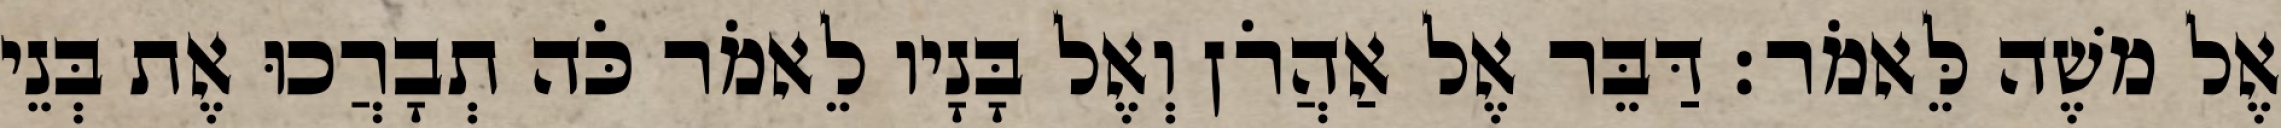
אֶל משֶׁה לֵּאמֹר׃ דַּבֵּר אֶל אַהֲרֹן וְאֶל בָּנָיו לֵאמֹר כֹּה תְבָרֲכוּ אֶת בְּנֵי